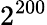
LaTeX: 2^{200}